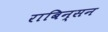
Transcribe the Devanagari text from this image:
राबिन्सन